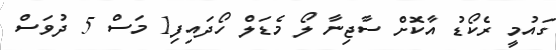
ގައުމީ ރެކޯޑު އާކޮށް ސާޖިނާ ލޯ މެޑަލް ހޯދައިފި1 މަސް 5 ދުވަސް